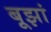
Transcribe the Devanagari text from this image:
बूझां